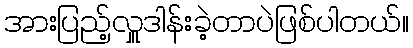
အားပြည့်လှူဒါန်းခဲ့တာပဲဖြစ်ပါတယ်။